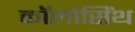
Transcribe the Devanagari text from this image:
कॉलोसिंथ